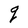
Character: q